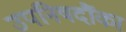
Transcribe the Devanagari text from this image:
उपनिषदौंका